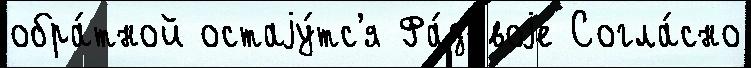
обра́тной остаjу́тс'я Фа́зовоjе Согла́сно